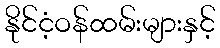
နိုင်ငံ့ဝန်ထမ်းများနှင့်